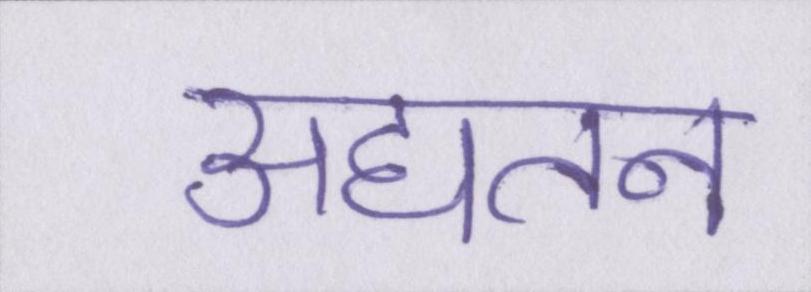
अद्यतन